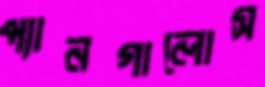
প্যানগালোস